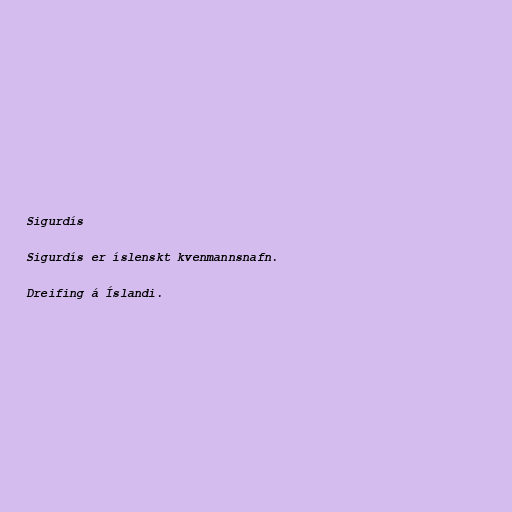
Sigurdís

Sigurdís er íslenskt kvenmannsnafn.

Dreifing á Íslandi.